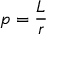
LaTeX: p = { \frac { L } { r } } \,